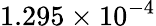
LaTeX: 1.295\times 10^{-4}